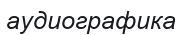
аудиографика